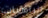
الراهبات